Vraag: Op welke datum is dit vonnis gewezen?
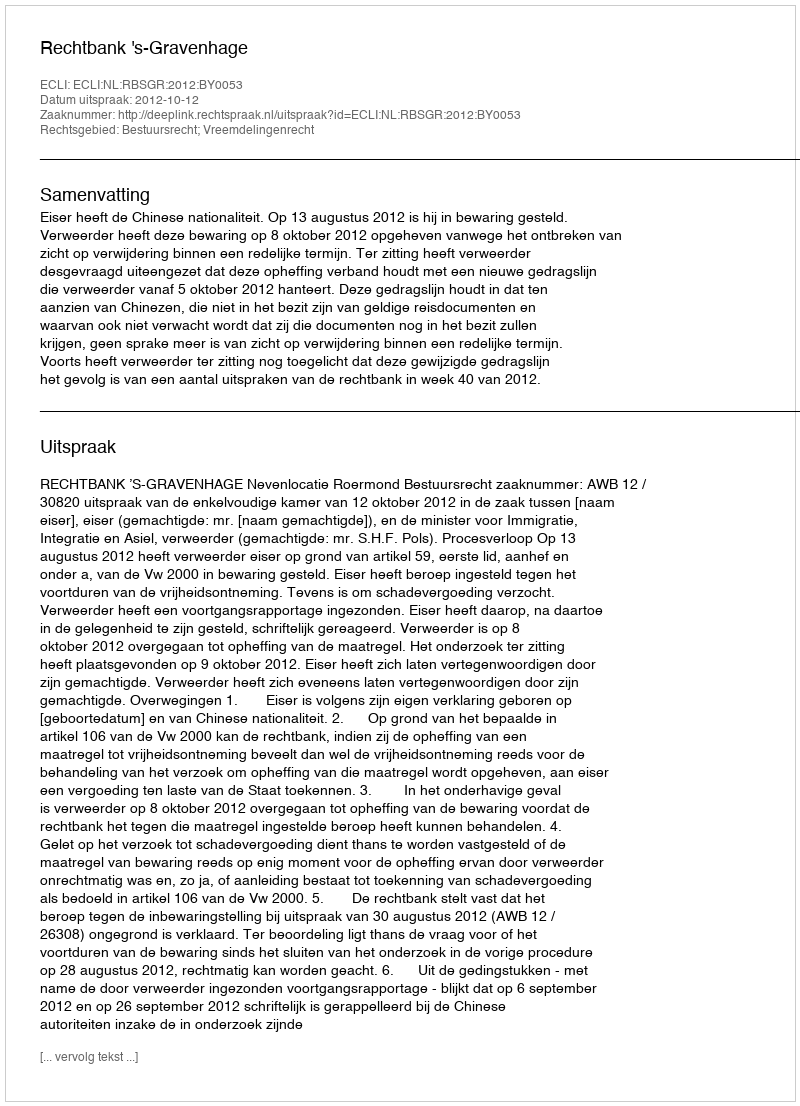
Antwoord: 2012-10-12